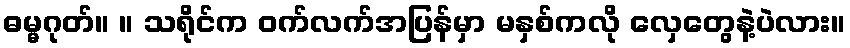
ဓမ္မဂုတ်။ ။ သရိုင်က ဝက်လက်အပြန်မှာ မနှစ်ကလို လှေတွေနဲ့ပဲလား။